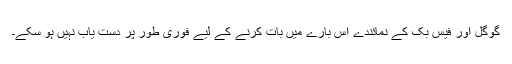
گوگل اور فیس بک کے نمائندے اس بارے میں بات کرنے کے لیے فوری طور پر دست یاب نہیں ہو سکے۔